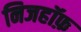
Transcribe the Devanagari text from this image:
निजहॉफ़